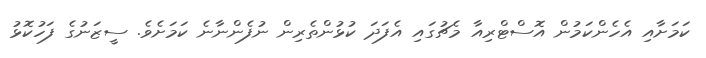
ކަމަށާއި އެހެންކަމުން އޮސްޓްރިއާ މެޗުގައި އެފަދަ ކުޅުންތެރިން ނުފެންނާނެ ކަމަށެވެ. ސީޒަނުގެ ފަހުކޮޅު